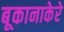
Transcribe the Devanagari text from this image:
बूकानाकेरे